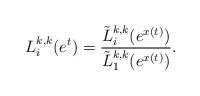
\begin{align*}L_{i}^{k,k}(e^{t}) = \frac{\tilde{L}_{i}^{k,k}(e^{x(t)})}{\tilde{L}_{1}^{k,k}(e^{x(t)})}.\end{align*}